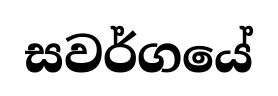
සවර්ගයේ